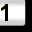
Digit: 1